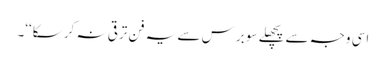
اسی وجہ سے پچھلے سو برس سے یہ فن ترقی نہ کر سکا‘‘۔